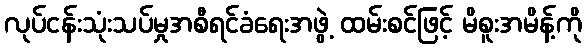
လုပ်ငန်းသုံးသပ်မှုအစီရင်ခံရေးအဖွဲ့ ထမ်းစင်ဖြင့် မိစူးအမိန့်ကို